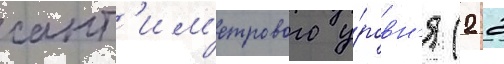
сант'им'етрового у́ровн'я (2 2